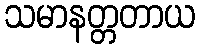
သမာနတ္တတာယ